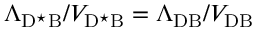
\Lambda _ { \mathrm { D ^ { \star } B } } / V _ { \mathrm { D ^ { \star } B } } = \Lambda _ { \mathrm { D B } } / V _ { \mathrm { D B } }